Vaccine operations Central Provinces 1886-1899 - 1886-1899
Year: 1886
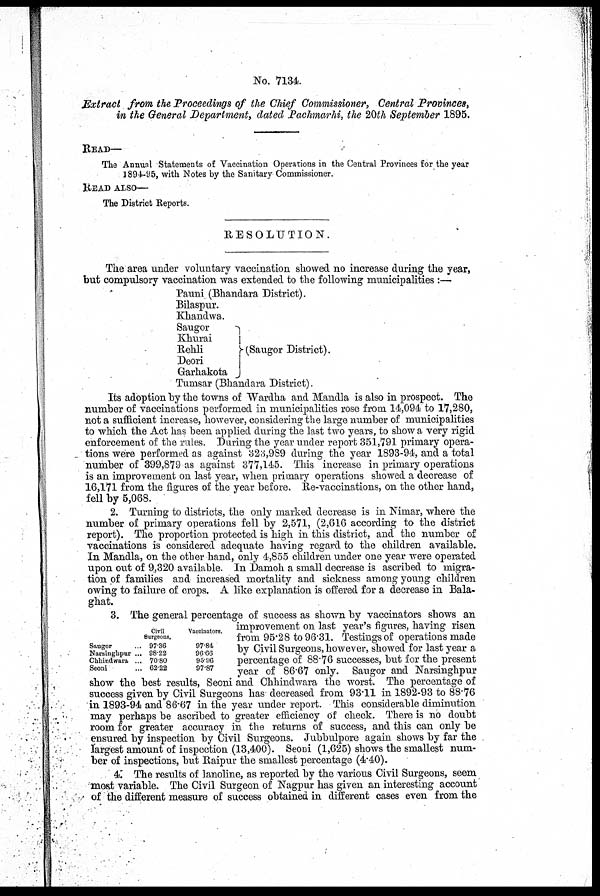
No. 7134.
Extract from the Proceedings of the Chief Commissioner, Central Provinces,
in the General Department, dated Pachmarhi, the 20th September 1895.
READ—
The Annual Statements of Vaccination Operations in the Central Provinces for the year
1894-95, with Notes by the Sanitary Commissioner.
READ ALSO—
The District Reports.
RESOLUTION.
The area under voluntary vaccination showed no increase during the year,
but compulsory vaccination was extended to the following municipalities :—
Pauni (Bhandara District).
Bilaspur.
Khandwa.
Saugor
Khurai
Rehli
Deori
Garhakota
(Saugor District).
Tumsar (Bhandara District).
Its adoption by the towns of Wardha and Mandla is also in prospect. The
number of vaccinations performed in municipalities rose from 14,094 to 17,280,
not a sufficient increase, however, considering the large number of municipalities
to which the Act has been applied during the last two years, to show a very rigid
enforcement of the rules. During the year under report 351,791 primary opera-
tions were performed as against 323,989 during the year 1893-94, and a total
number of 399,879 as against 377,145. This increase in primary operations
is an improvement on last year, when primary operations showed a decrease of
16,171 from the figures of the year before. Re-vaccinations, on the other hand,
fell by 5,068.
2. Turning to districts, the only marked decrease is in Nimar, where the
number of primary operations fell by 2,571, (2,616 according to the district
report). The proportion protected is high in this district, and the number of
vaccinations is considered adequate having regard to the children available.
In Mandla, on the other hand, only 4,855 children under one year were operated
upon out of 9,320 available. In Damoh a small decrease is ascribed to migra-
tion of families and increased mortality and sickness among young children
owing to failure of crops. A like explanation is offered for a decrease in Bala-
ghat.
Saugor ...
Narsinghpur ...
Chhindwara ...
Seoni
...
Civil
Surgeons.
97.36
88.22
70.80
62.22
Vaccinators.
97.84
96.66
95.96
97.87
3. The general percentage of success as shown by vaccinators shows an
improvement on last year's figures, having risen
from 95.28 to 96.31. Testings of operations made
by Civil Surgeons, however, showed for last year a
percentage of 88.76 successes, but for the present
year of 86.67 only. Saugor and Narsinghpur
show the best results, Seoni and Chhindwara the worst. The percentage of
success given by Civil Surgeons has decreased from 93.11 in 1892-93 to 88.76
in 1893-94 and 86.67 in the year under report. This considerable diminution
may perhaps be ascribed to greater efficiency of check. There is no doubt
room for greater accuracy in the returns of success, and this can only be
ensured by inspection by Civil Surgeons. Jubbulpore again shows by far the
largest amount of inspection (13,400). Seoni (1,625) shows the smallest num-
ber of inspections, but Raipur the smallest percentage (4.40).
4. The results of lanoline, as reported by the various Civil Surgeons, seem
most variable. The Civil Surgeon of Nagpur has given an interesting account
of the different measure of success obtained in different cases even from the